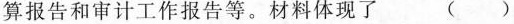
算报告和审计工作报告等。材料体现了 （）